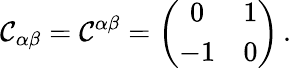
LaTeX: \mathcal{C}_{\alpha\beta}=\mathcal{C}^{\alpha\beta}=\left(\begin{array}{cc}{{0}}&{{1}}\\ {{-1}}&{{0}}\end{array}\right)\, .